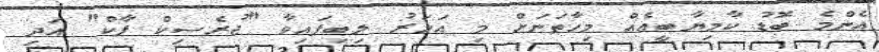
އެންމެ ބޮޑު ކާމިޔާބީއެއް މިހާތަނަށް މި އަހަރު ލިބިފައިވާ "ޖުރެސިކް ޕާކް" އަދި